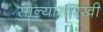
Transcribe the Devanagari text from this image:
सान्यासारखी